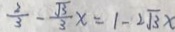
\frac { 2 } { 3 } - \frac { \sqrt { 3 } } { 3 } x = 1 - 2 \sqrt { 3 } x